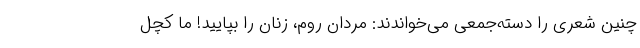
چنین شعری را دسته‌جمعی می‌خواندند: مردان روم، زنان را بپایید! ما کچل